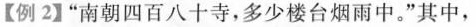
【例2】“南朝四百八十寺，多少楼台烟雨中。”其中，